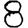
Digit: 8